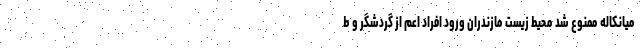
میانکاله ممنوع شد محیط زیست مازندران ورود افراد اعم از گردشگر و ط